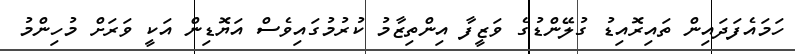
ހަމައެފަދައިން ތައިރޮއިޑު ގުލޭންޑުގެ ވަޒީފާ އިންތިޒާމު ކުރުމުގައިވެސް އަޔޮޑިން އަކީ ވަރަށް މުހިންމު